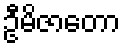
ဦမိဇာတော